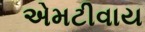
એમટીવાય